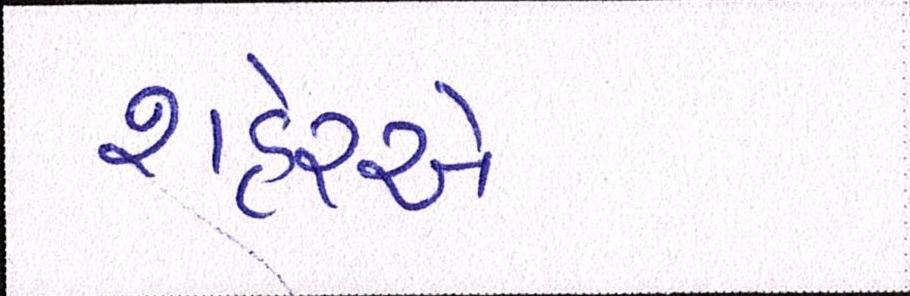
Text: શહેરએ